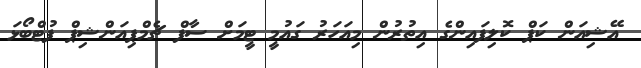
އޭޝިއަން ކަޕް ކޮލިފައިންގެ އިތުރުން މިއަހަރު ގައުމީ ޓީމަށް ސާފް ޗެމްޕިއަންޝިޕް ފުޓްބޯޅަ